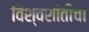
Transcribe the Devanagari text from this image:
विश्वशांतीचा